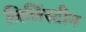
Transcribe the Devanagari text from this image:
लिलिंस्टीन